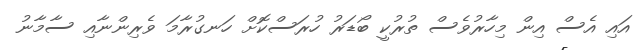
އައި އެސް އިން މިހާރުވެސް ތުރުކީ ބޯޑަރު ހުރަސްކޮށް ހަނގުރާމަ ވެރިންނާއި ސާމާނު